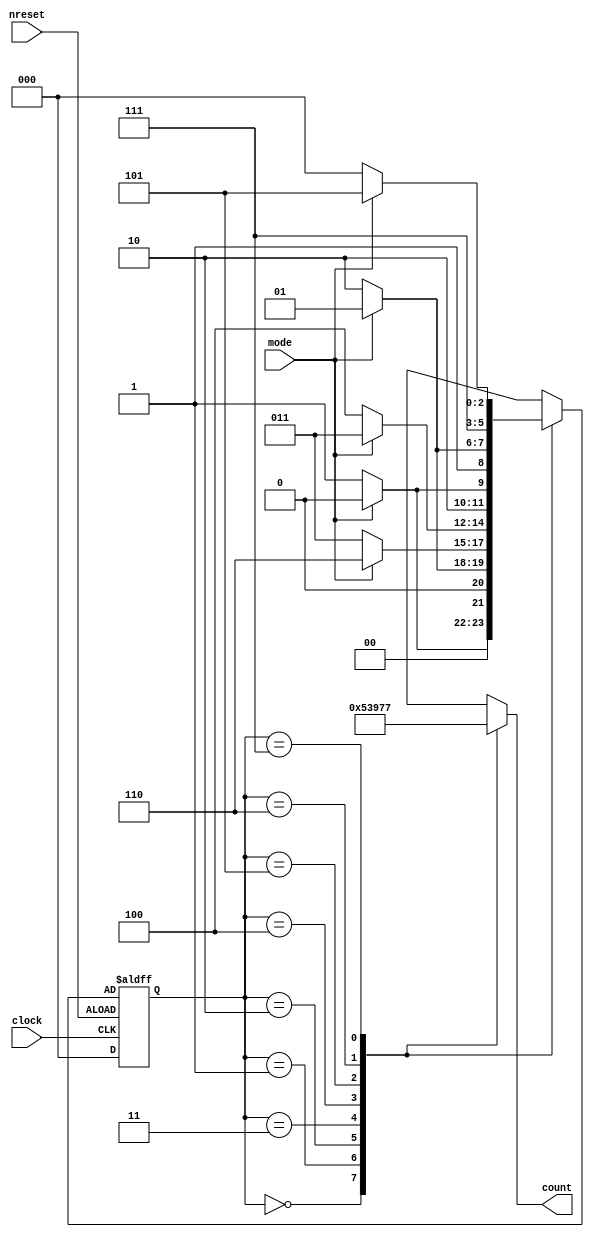
module complexCounter(count,mode,clock,nreset);

	input mode;
	input clock;
	input nreset;
	output [2:0]count;
	reg [2:0]cstate;
	reg [2:0]nstate;
	
	//state encoding
	parameter A=3'b000;
	parameter B=3'b001;
	parameter C=3'b010;
	parameter D=3'b011;
	parameter E=3'b100;
	parameter F=3'b101;
	parameter G=3'b110;
	parameter H=3'b111;
	
	//state transitions
	always@(negedge clock or negedge nreset)
		if(nreset)
			cstate<=3'b000;
		else
			cstate<=nstate;
			
	//next state and output assignment
	always@(cstate)
		case(cstate)
			A:if(!mode)begin nstate<=B;count<=A;end else begin nstate<=A;count<=A;end
			B:if(!mode)begin nstate<=C;count<=B;end else begin nstate<=B;count<=B;end
			C:if(!mode)begin nstate<=D;count<=C;end else begin nstate<=G;count<=C;end
			D:if(!mode)begin nstate<=E;count<=D;end else begin nstate<=D;count<=D;end
			E:if(!mode)begin nstate<=F;count<=E;end else begin nstate<=E;count<=E;end
			F:if(!mode)begin nstate<=G;count<=F;end else begin nstate<=F;count<=F;end
			G:if(!mode)begin nstate<=H;count<=G;end else begin nstate<=H;count<=G;end
			H:if(!mode)begin nstate<=A;count<=H;end else begin nstate<=F;count<=H;end
		endcase			
endmodule